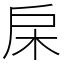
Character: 㦿